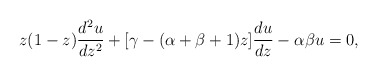
\begin{align*}z (1 -z) {d^2 u \over d z^2} + [\gamma - (\alpha + \beta + 1) z ]{d u \over dz}- \alpha \beta u = 0,\end{align*}